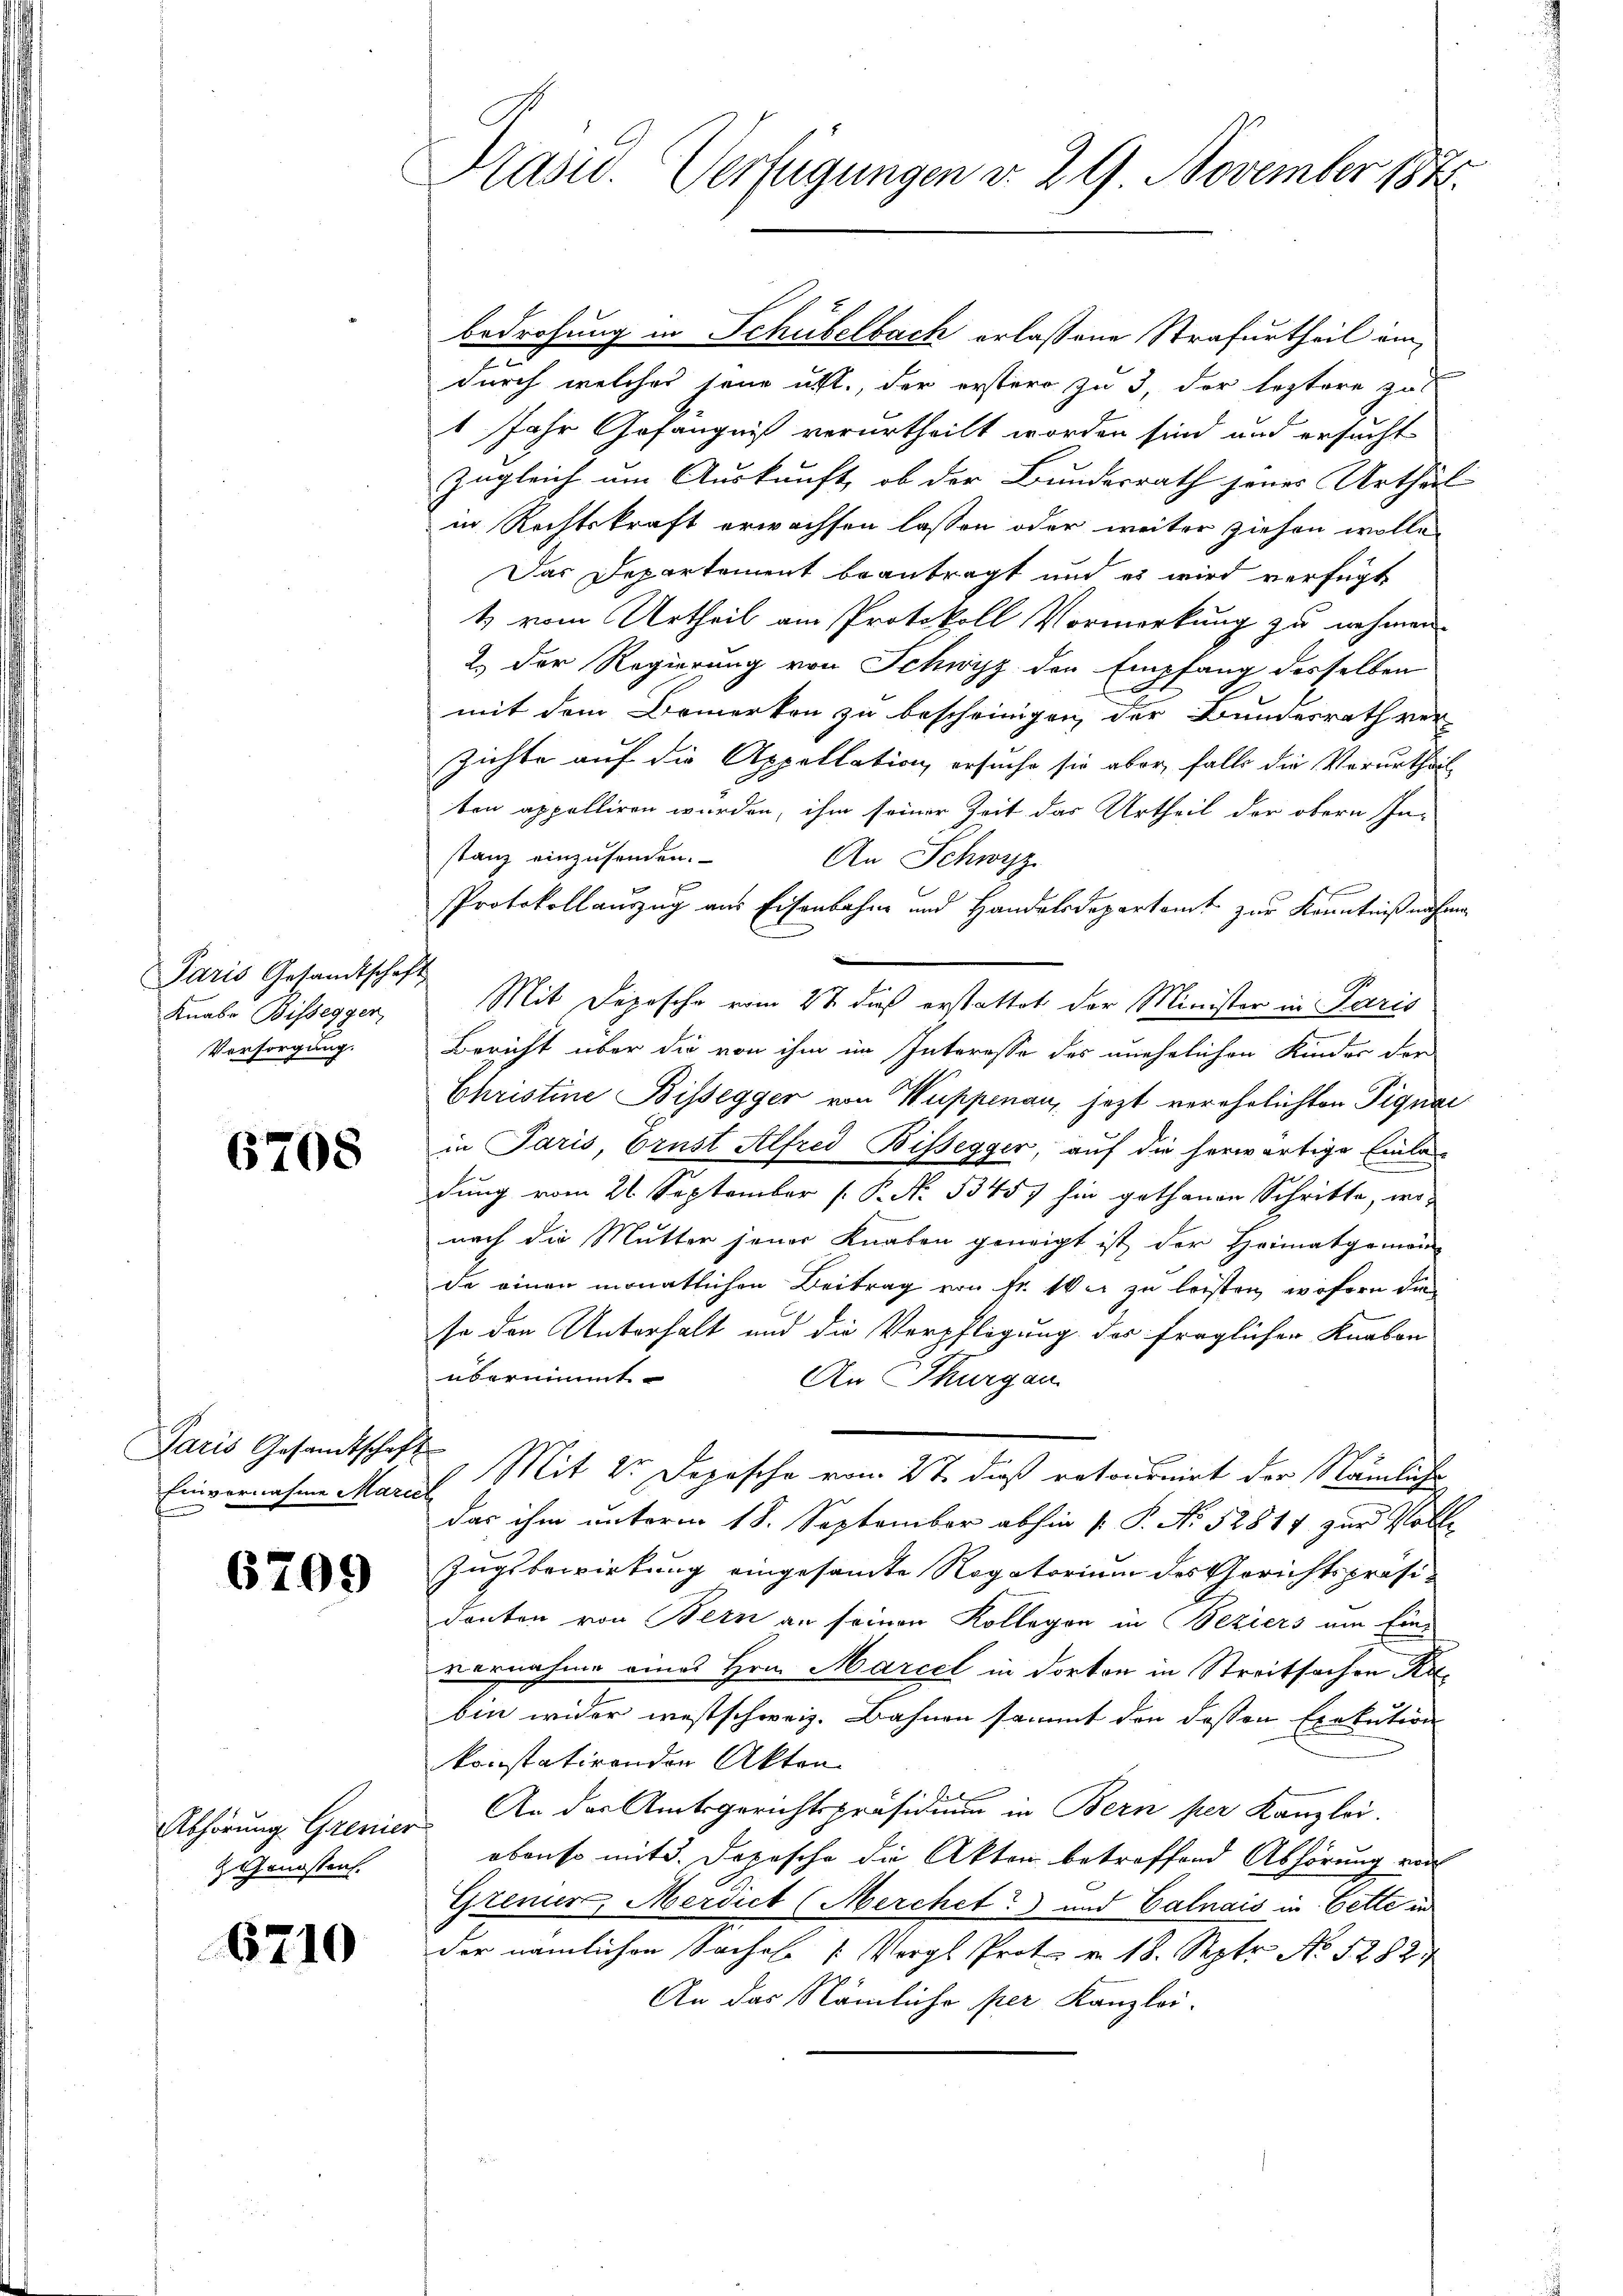
Paris Gesandtschaft
Knabe Bissegger,
Versorgung.

6708

Paris Gesandtschaft
Einvernahme Marie

6709

Abhörung Grenier
z. Genossen.

6710

Präsid. Verfügungen v. 29. November 184

bedrohung in Schübelbach erlassene Strafurtheil ime
durch welches seine utt., der erstero zu 3, der leztere zul
1 Jahr Gefängniß verurtheilt worden sind und ersucht
zugleich um Auskunft, ob der Bundesrath jenes Urthäl
in Rechtskraft erwachsen lassen oder weiter ziehen wolle,
Das Departement beantragt und es wird verfügt
1) vom Urtheil am Protokoll Vormerkung zu nehmen.
2.) Der Regierung von Schwyz den Empfang desselben
E
mit dem Bemerken zu bescheinigen, der Bundesrath ver-
zichte auf die Appellation ersuche sie aber, falls die Verurtheil
ten appelliren wurden, ihm seiner Zeit das Urtheil der obern In-
stanz einzusenden.
An Schwyz
Protokollauszug aus Eisenbahne und Handelsdepartamt zur Kenntniß nahme
Mit Depesche vom 2t dieß erstattet der Minister in Paris
Bericht über die von ihm im Interesse des unehelichen Kinder der
Christine Bissegger von Wuppenau, jezt verehelichten Pignac
in Paris, Brust Alfred Bissegger, auf die herwärtige Einladung vom 26 September [ P. Nr. 1345) hin gethanen Schritte, wo-
nach die Mutter jener Knaben geneigt ist der Heimatgemein-
de einen monatlichen Beitrag von Fr. Wer zu leisten, wofern die
se den Unterhalt und die Verpflegung des fraglicher Knaben
übernimmt
An Thurgau
¬
Mit 2 Depesche vom 27. dieß retournirt der Nämliche
das ihm unterm 18. September abhin  P. Nr. 52814 zur Volle
Zugsbewirkung eingesamte Rogatorium des Gerichtspräsi-
danten von Bern an seinen Kollegen in Beziers um Einvernahme eines Hrn. Marcel in dorton in Streitsachen Kabin wider westschweiz. Bahnen sammt den dessen Exekution
konstatirenden Akten
An der Amtsgerichtspräsidium in Bern per Kanzlei.
obenso mit d. Depesche die Akten betreffend Abhörung von
Gremier, Merdict (Merchet?) und Calais in Bette in
der nämlichen Saches (Vergl. Prot. v. 18. Sept No 1282
An das Nämliche per Kanzlei.